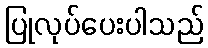
ပြုလုပ်ပေးပါသည်